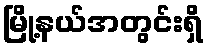
မြို့နယ်အတွင်းရှိ